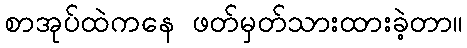
စာအုပ်ထဲကနေ ဖတ်မှတ်သားထားခဲ့တာ။